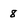
Character: 8